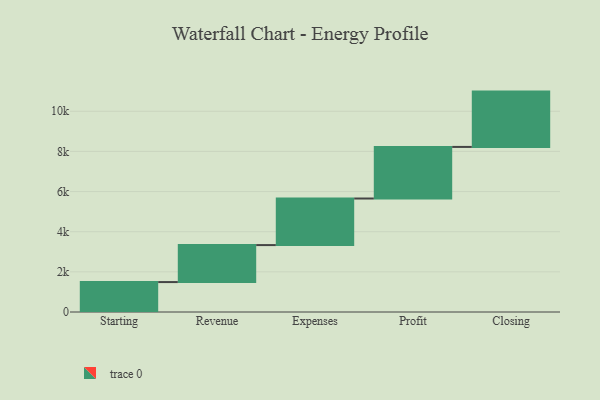
{"axis": {"x": "Step", "y": "Value"}, "legend": [""], "data": [{"x": "Starting", "y": 1491.0, "type": ""}, {"x": "Revenue", "y": 1843.0, "type": ""}, {"x": "Expenses", "y": 2320.0, "type": ""}, {"x": "Profit", "y": 2570.0, "type": ""}, {"x": "Closing", "y": 2756.0, "type": ""}]}